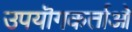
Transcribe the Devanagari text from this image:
उपयॊगकर्ताओ